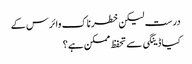
درست لیکن خطرناک وائرس کے
کیا ڈینگی سے تحفظ ممکن ہے؟